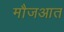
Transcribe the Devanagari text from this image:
मौजआत